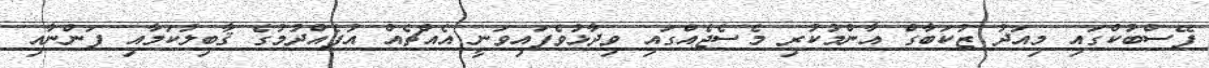
ފޭސްބުކްގައި މިއަދު ޒުކަބާގް އާންމުކުރި މެސެޖެއްގައި ވިދާޅުވެފައިވަނީ އެއްޗެއް އުފެއްދުމުގެ ޤާބިލުކަމާއި ފަންނާއި